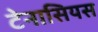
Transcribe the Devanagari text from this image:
टेनासियस